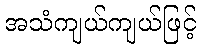
အသံကျယ်ကျယ်ဖြင့်